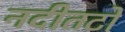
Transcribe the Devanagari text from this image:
नदीतटों